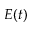
E ( t )